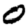
Digit: 0